Newspaper: The Hawaiian star. [volume]
Place of publication: Honolulu [Oahu]
Publisher: Hawaiian Star Newspaper Association
Date: 1895-05-11 00:00:00
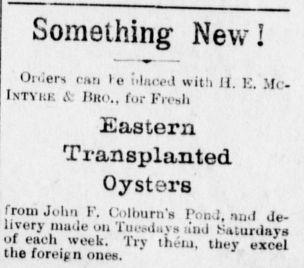
Advertisement text (OCR):
Something New! Oniers can lo tdaced with II. K. Mr. Istyki: & Ilito., for Fresh Eastern Transplanted Oysters from John I'. (Villmm'., P,i .?.. llvory made on TiiCMlays a'nd Saturdays of each week. Try them, they excel tho foreipn ones.
Label: text-only